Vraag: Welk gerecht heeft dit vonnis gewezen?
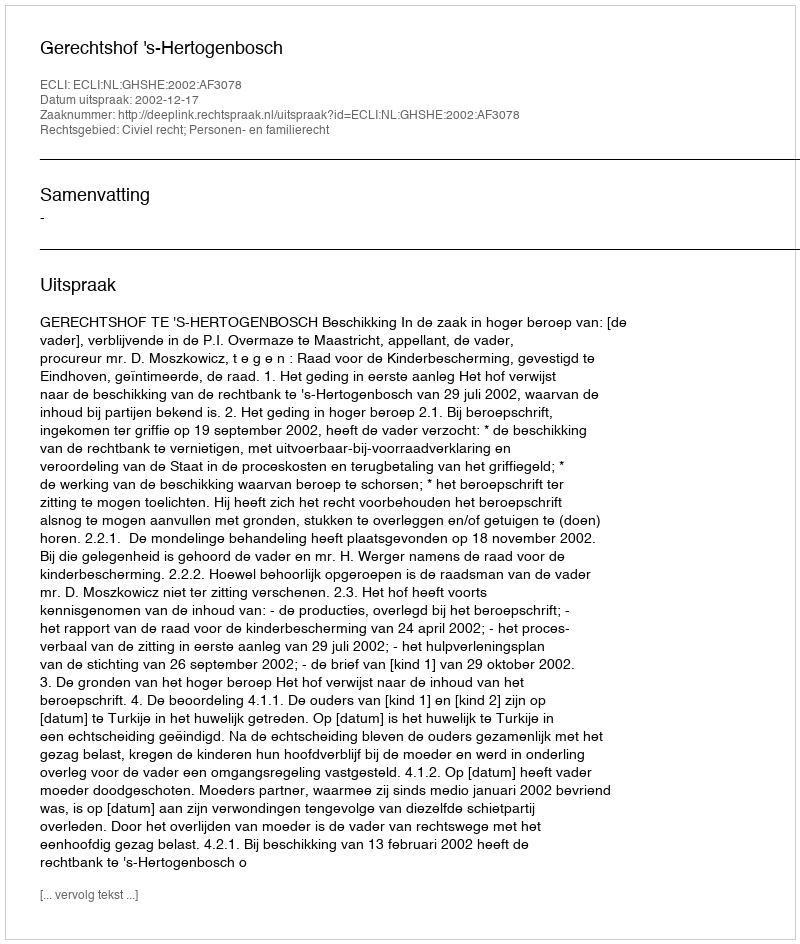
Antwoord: Gerechtshof 's-Hertogenbosch